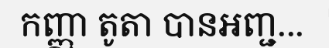
កញ្ញា តូតា បានអញ្ជ...